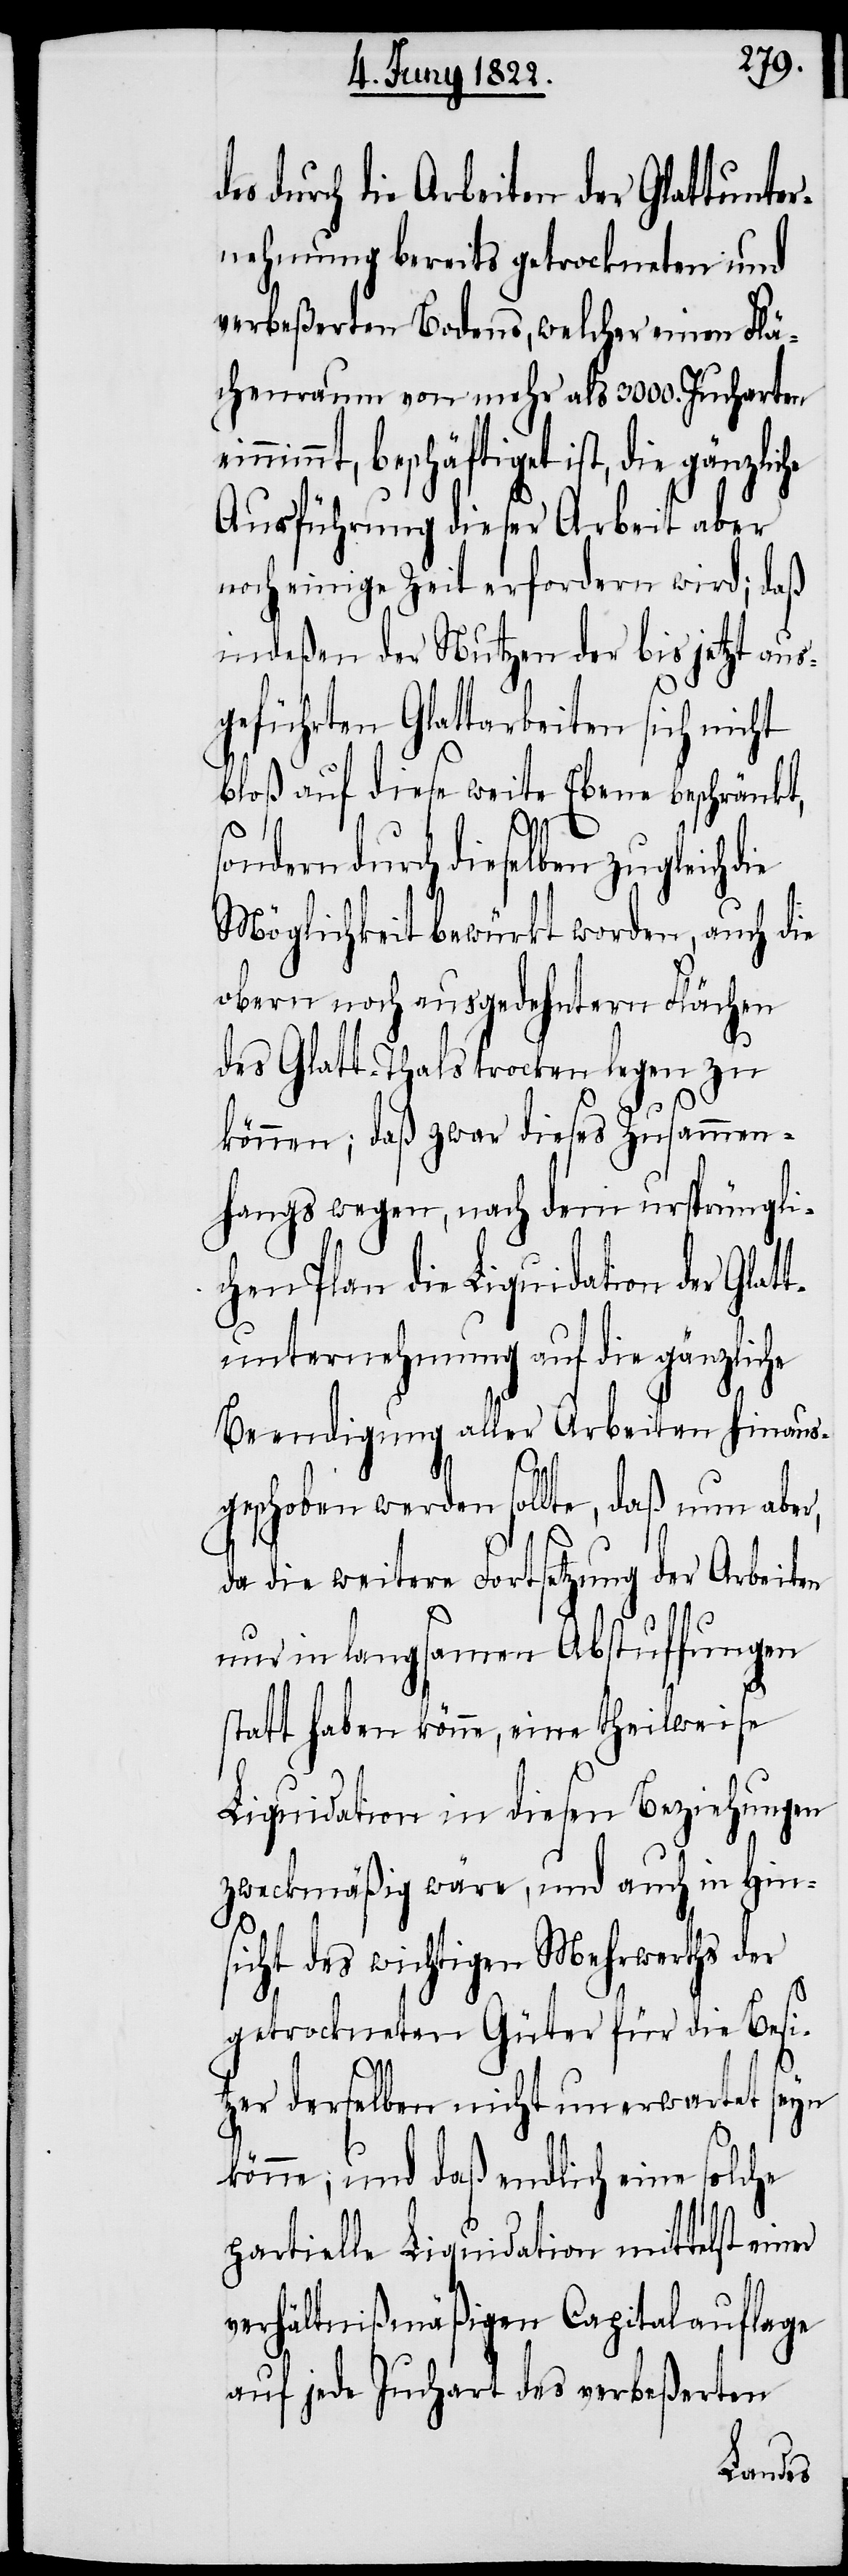
des durch die Arbeiten der Glattunter¬
nehmung bereits getrockneten und
verbeßerten Bodens, welcher einen Flä¬
chenraum von mehr als 3000. Jucharten
mmt, beschäftiget ist, die
Ausführung dieser Arbeit aber
noch einige Zeit erfordern wird; daß
indeßen der Nutzen der bis jetzt aus¬
geführten Glattarbeiten sich nicht
bloß auf diese weite Ebene beschränkt,
ndern durch dieselben zugleich
Möglichkeit bewürkt worden, auch die
obern noch ausgedehnten Flächen
des Glatt-Thals trocken legen zu
können; daß zwar dieses Zusammen¬
hangs wegen, nach dem ursprüngli¬
chen Plan die Liquidation der Glat¬
tunternehmung auf die gänzliche
Beendigung aller Arbeiten hinaus¬
so¬
geschoben werden sollte, daß nun aber,
da die weitere Fortsetzung der Arbeiten
nur in langsamen Abstuffungen
statt haben könne, eine theilweise
Liquidation in diesen Beziehungen
zweckmäßig wäre, und auch in Hin¬
sicht des wichtigen Mehrwerths der
getrockneten Güter für die Besi¬
tzer derselben nicht unerwartet seyn
könne; und daß endlich eine solche
partielle Liquidation mittelst einer
verhältnißmäßigen Capitalauflage
auf jede Juchart des verbeßerten
einni¬